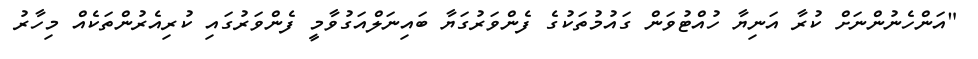
"އަންހެނުންނަށް ކުރާ އަނިޔާ ހުއްޓުވަން ގައުމުތަކުގެ ފެންވަރުގަޔާ ބައިނަލްއަގުވާމީ ފެންވަރުގައި ކުރިއެރުންތަކެއް މިހާރު